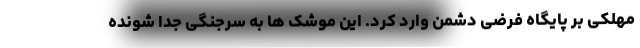
مهلکی بر پایگاه فرضی دشمن وارد کرد. این موشک ها به سرجنگی جدا شونده